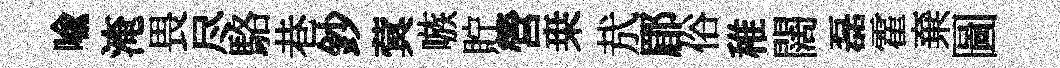
喩淹畏尽駱巷鈔蓂嗾貯營桒㢤郿俗稚闊磊霍棄圖